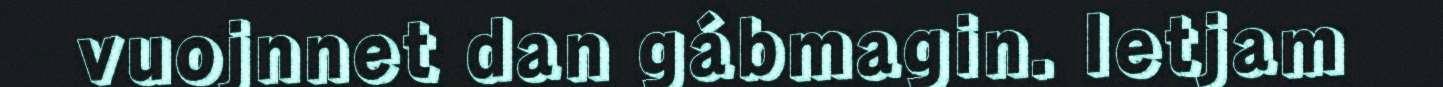
vuojnnet dan gábmagin. Ietjam